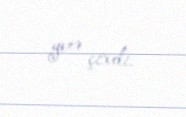
yerə çıxdı.